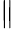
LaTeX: \parallel